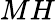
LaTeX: MH